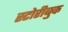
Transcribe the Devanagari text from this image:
स्टोरीबुक